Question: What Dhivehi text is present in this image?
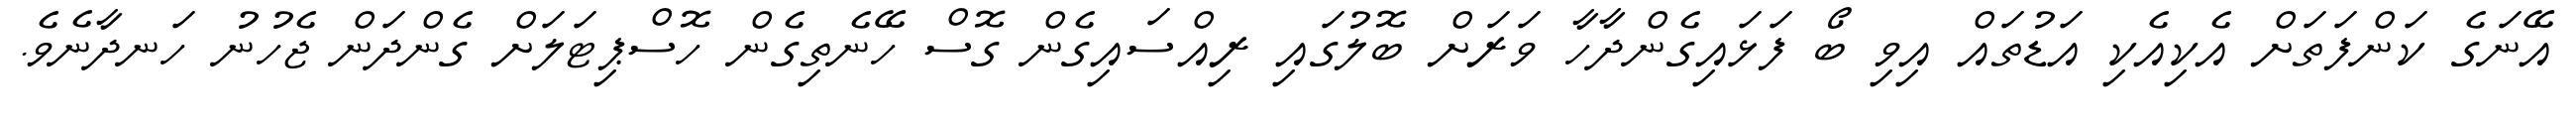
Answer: އޭނަގެ ކަންފަތަށް އެކިއެކި އަޑުތައް އިވި ބޯ ފަޅައިގެންދާހާ ވަރަށް ބޮލުގައި ރިއްސައިގެން ގޮސް ހޭނެތިގެން ހޮސްޕިޓަލަށް ގެންދަން ޖެހުނު ހަނދާނެވެ.